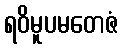
ရဝိမူပမတေဇံ